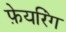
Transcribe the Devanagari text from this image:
फ़ेयरिंग